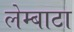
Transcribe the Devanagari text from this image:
लेम्बाटा